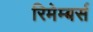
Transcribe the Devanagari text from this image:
रिमेम्बर्स